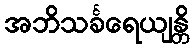
အဘိသင်္ခရေယျန္တိ